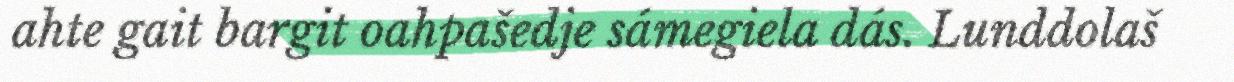
ahte gait bargit oahpašedje sámegiela dás. Lunddolaš